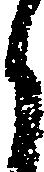
く